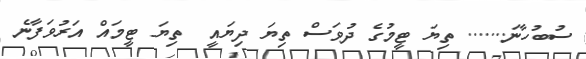
ސުބުހާނަ....... ތިޔަ ޓީމުގެ ދުވަސް ތިޔަ ދިޔައީ  ތިޔަ ޓީމައް އަރުވަފާނެ